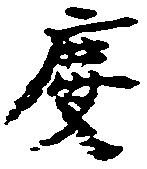
慶